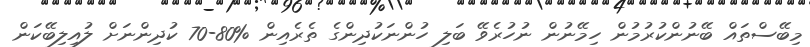
މިބޭސްތައް ބޭނުންކުރުމުން ހިމޭނުން ނުހުރެވޭ ބަލި ހުންނަކުދިންގެ ތެރެއިން %80-70 ކުދިންނަށް ލުއިލިބޭކަން